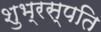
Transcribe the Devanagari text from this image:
शुभ्रस्पति